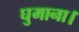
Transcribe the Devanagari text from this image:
घुमाना।